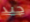
جيد